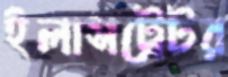
ইলাসট্রেটর